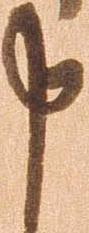
申